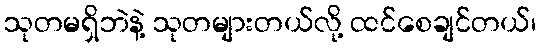
သုတမရှိဘဲနဲ့ သုတများတယ်လို့ ထင်စေချင်တယ်၊